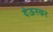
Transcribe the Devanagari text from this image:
देऊस्कर